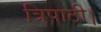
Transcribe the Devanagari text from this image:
त्रिपाठी।